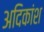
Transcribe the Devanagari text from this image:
अदिकांश